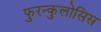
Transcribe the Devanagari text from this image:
फुरन्कुलोसिस